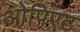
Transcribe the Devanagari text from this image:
ओपिएट